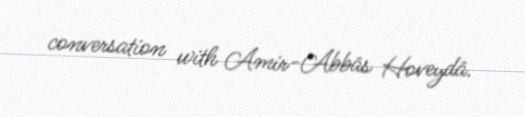
conversation with Amir-Abbās Hoveydā.